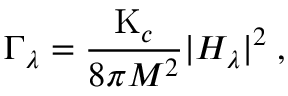
\Gamma _ { \lambda } = { \frac { \mathrm { K } _ { c } } { 8 \pi M ^ { 2 } } } | H _ { \lambda } | ^ { 2 } \; ,